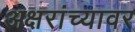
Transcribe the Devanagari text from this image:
अक्षरांच्यावर